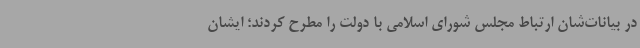
در بیانات‌شان ارتباط مجلس شورای اسلامی با دولت را مطرح کردند؛ ایشان